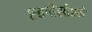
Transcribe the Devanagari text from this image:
एचपीसीएने